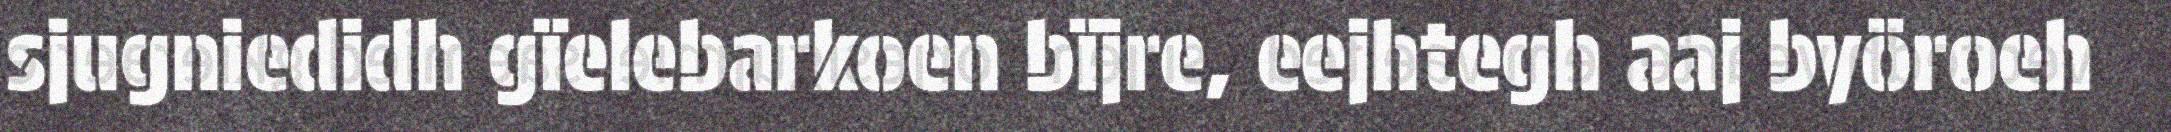
sjugniedidh gïelebarkoen bïjre, eejhtegh aaj byöroeh